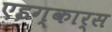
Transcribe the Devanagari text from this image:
एइग्कार्स